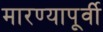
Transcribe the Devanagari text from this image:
मारण्यापूर्वी